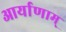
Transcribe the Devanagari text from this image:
आर्याणाम्